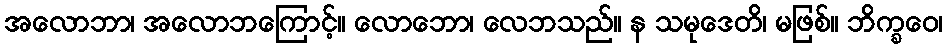
အလောဘာ၊ အလောဘကြောင့်။ လောဘော၊ လေဘသည်။ န သမုဒေတိ၊ မဖြစ်။ ဘိက္ခဝေ၊